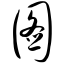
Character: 图